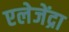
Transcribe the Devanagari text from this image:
एलेजेंद्रा